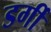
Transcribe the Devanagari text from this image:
डर्गी